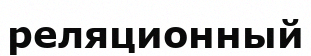
реляционный